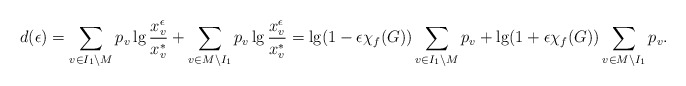
\begin{align*} d(\epsilon) = \sum_{v\in I_1\setminus M} p_v\lg {x^\epsilon_v\over x^*_v} + \sum_{v\in M\setminus I_1}p_v\lg {x^\epsilon_v\over x^*_v} = \lg (1-\epsilon\chi_f(G))\sum_{v\in I_1\setminus M} p_v + \lg(1 + \epsilon\chi_f(G))\sum_{v\in M\setminus I_1}p_v. \end{align*}